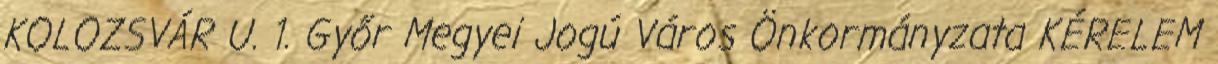
KOLOZSVÁR U. 1. Győr Megyei Jogú Város Önkormányzata KÉRELEM